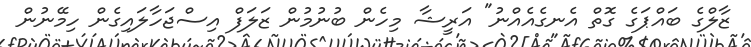
ޒާލްގެ ބައްޕަގެ ގޮތް އެނގެއެއްނު" އަރީޝާ މިހެން ބުނުމުން ޒަލަފް އިސްޖަހާލައިގެން ހިމޭނުން